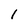
Character: 1